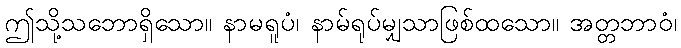
ဤသို့သဘောရှိသော။ နာမရူပံ၊ နာမ်ရုပ်မျှသာဖြစ်ထသော။ အတ္တဘာဝံ၊